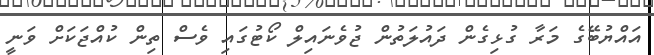
އައްޔުބޭގެ މަރާ ގުޅިގެން ދައުލަތުން ޖުވެނައިލް ކޯޓުގައި ވެސް ތިން ކުއްޖަކަށް ވަނީ